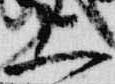
上